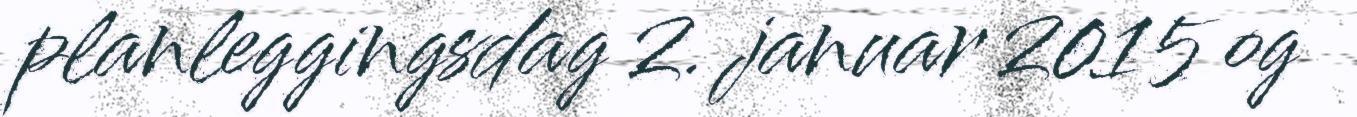
planleggingsdag 2. januar 2015 og